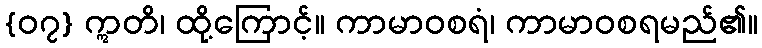
{၀၇} ဣတိ၊ ထို့ကြောင့်။ ကာမာဝစရံ၊ ကာမာဝစရမည်၏။